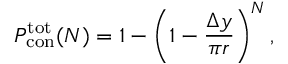
P _ { \mathrm { c o n } } ^ { \mathrm { t o t } } ( N ) = 1 - \left( 1 - \frac { \Delta y } { \pi r } \right) ^ { N } ,